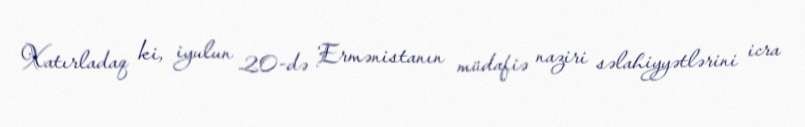
Xatırladaq ki, iyulun 20-də Ermənistanın müdafiə naziri səlahiyyətlərini icra